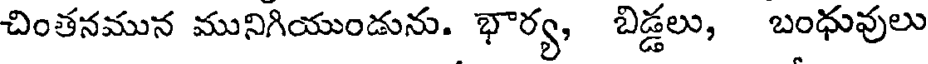
చింతనమున మునిగియుండును. భార్య, బిడ్డలు, బంధువులు